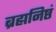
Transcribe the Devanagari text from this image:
ब्रह्मनिष्ठं